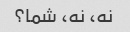
نه، نه، شما؟